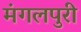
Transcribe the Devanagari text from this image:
मंगलपुरी